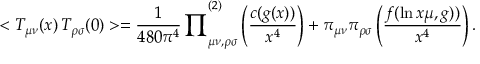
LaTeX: < T _ { \mu \nu } ( x ) \, T _ { \rho \sigma } ( 0 ) > = { \frac { 1 } { 4 8 0 \pi ^ { 4 } } \prod } _ { \mu \nu , \rho \sigma } ^ { ( 2 ) } \left( { \frac { c ( g ( x ) ) } { x ^ { 4 } } } \right) + \pi _ { \mu \nu } \pi _ { \rho \sigma } \left( { \frac { f ( \ln x \mu , g ) ) } { x ^ { 4 } } } \right) .